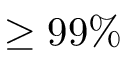
\geq 9 9 \%